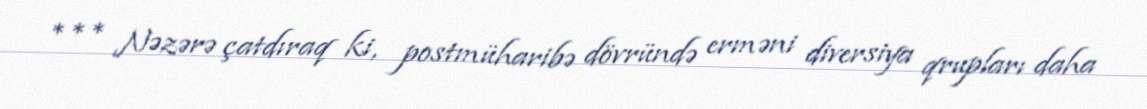
*** Nəzərə çatdıraq ki, postmüharibə dövründə erməni diversiya qrupları daha